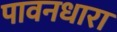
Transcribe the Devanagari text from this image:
पावनधारा